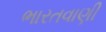
ભારતવાણી